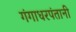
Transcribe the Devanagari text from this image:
गंगाधरपंतानी